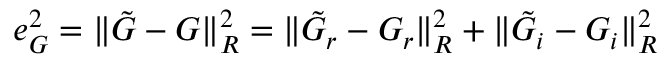
e _ { G } ^ { 2 } = \| \tilde { G } - G \| _ { R } ^ { 2 } = \| \tilde { G } _ { r } - G _ { r } \| _ { R } ^ { 2 } + \| \tilde { G } _ { i } - G _ { i } \| _ { R } ^ { 2 }